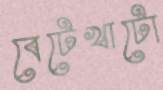
বেটেখাটো